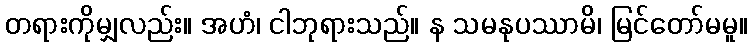
တရားကိုမျှလည်း။ အဟံ၊ ငါဘုရားသည်။ န သမနုပဿာမိ၊ မြင်တော်မမူ။